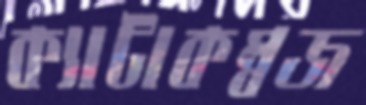
ক্যাটাকম্বজ